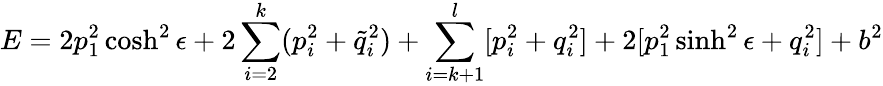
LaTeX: E=2p_{1}^{2}\cosh^{2}\epsilon+2\sum_{i=2}^{k}(p_{i}^{2}+\tilde{q}_{i}^{2})+\sum_{i=k+1}^{l}[p_{i}^{2}+q_{i}^{2}]+2[p_{1}^{2}\sinh^{2}\epsilon+q_{i}^{2}]+b^{2}